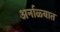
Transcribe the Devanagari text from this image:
अर्नाळ्यात